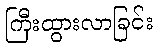
ကြီးထွားလာခြင်း